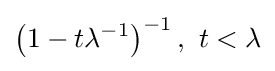
\left(1-t\lambda ^{-1}\right)^{-1},~t<\lambda